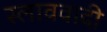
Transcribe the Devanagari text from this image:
स्लाववादी